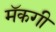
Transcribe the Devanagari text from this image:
मॅकगी